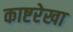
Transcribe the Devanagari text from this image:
काष्टरेखा